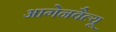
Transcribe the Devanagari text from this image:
आगेनवैल्यू